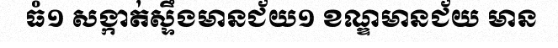
ធំ១ សង្កាត់ស្ទឹងមានជ័យ១ ខណ្ឌមានជ័យ មាន